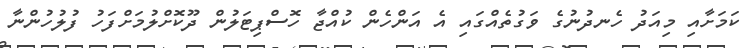
ކަމަށާއި މިއަދު ހެނދުނުގެ ވަގުތެއްގައި އެ އަންހެން ކުއްޖާ ހޮސްޕިޓަލުން ދޫކޮށްލުމަށްފަހު ފުލުހުންނާ